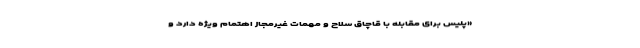
«پلیس برای مقابله با قاچاق سلاح و مهمات غیرمجاز اهتمام ویژه دارد و